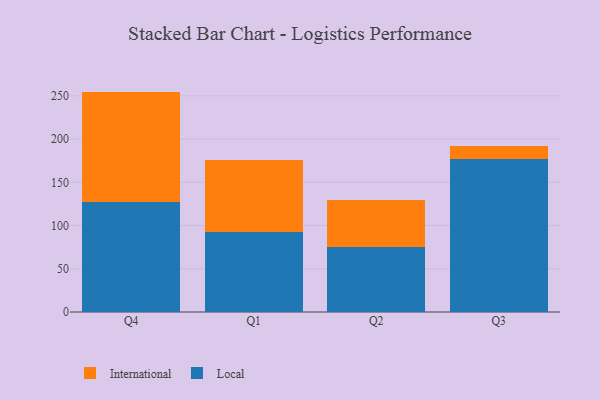
{"axis": {"x": "Quarter", "y": "Market Share (%)"}, "legend": ["International", "Local"], "data": [{"x": "Q4", "y": 127.4, "type": "Local"}, {"x": "Q4", "y": 127.5, "type": "International"}, {"x": "Q1", "y": 93.1, "type": "Local"}, {"x": "Q1", "y": 82.6, "type": "International"}, {"x": "Q2", "y": 74.9, "type": "Local"}, {"x": "Q2", "y": 54.3, "type": "International"}, {"x": "Q3", "y": 176.7, "type": "Local"}, {"x": "Q3", "y": 15.0, "type": "International"}]}